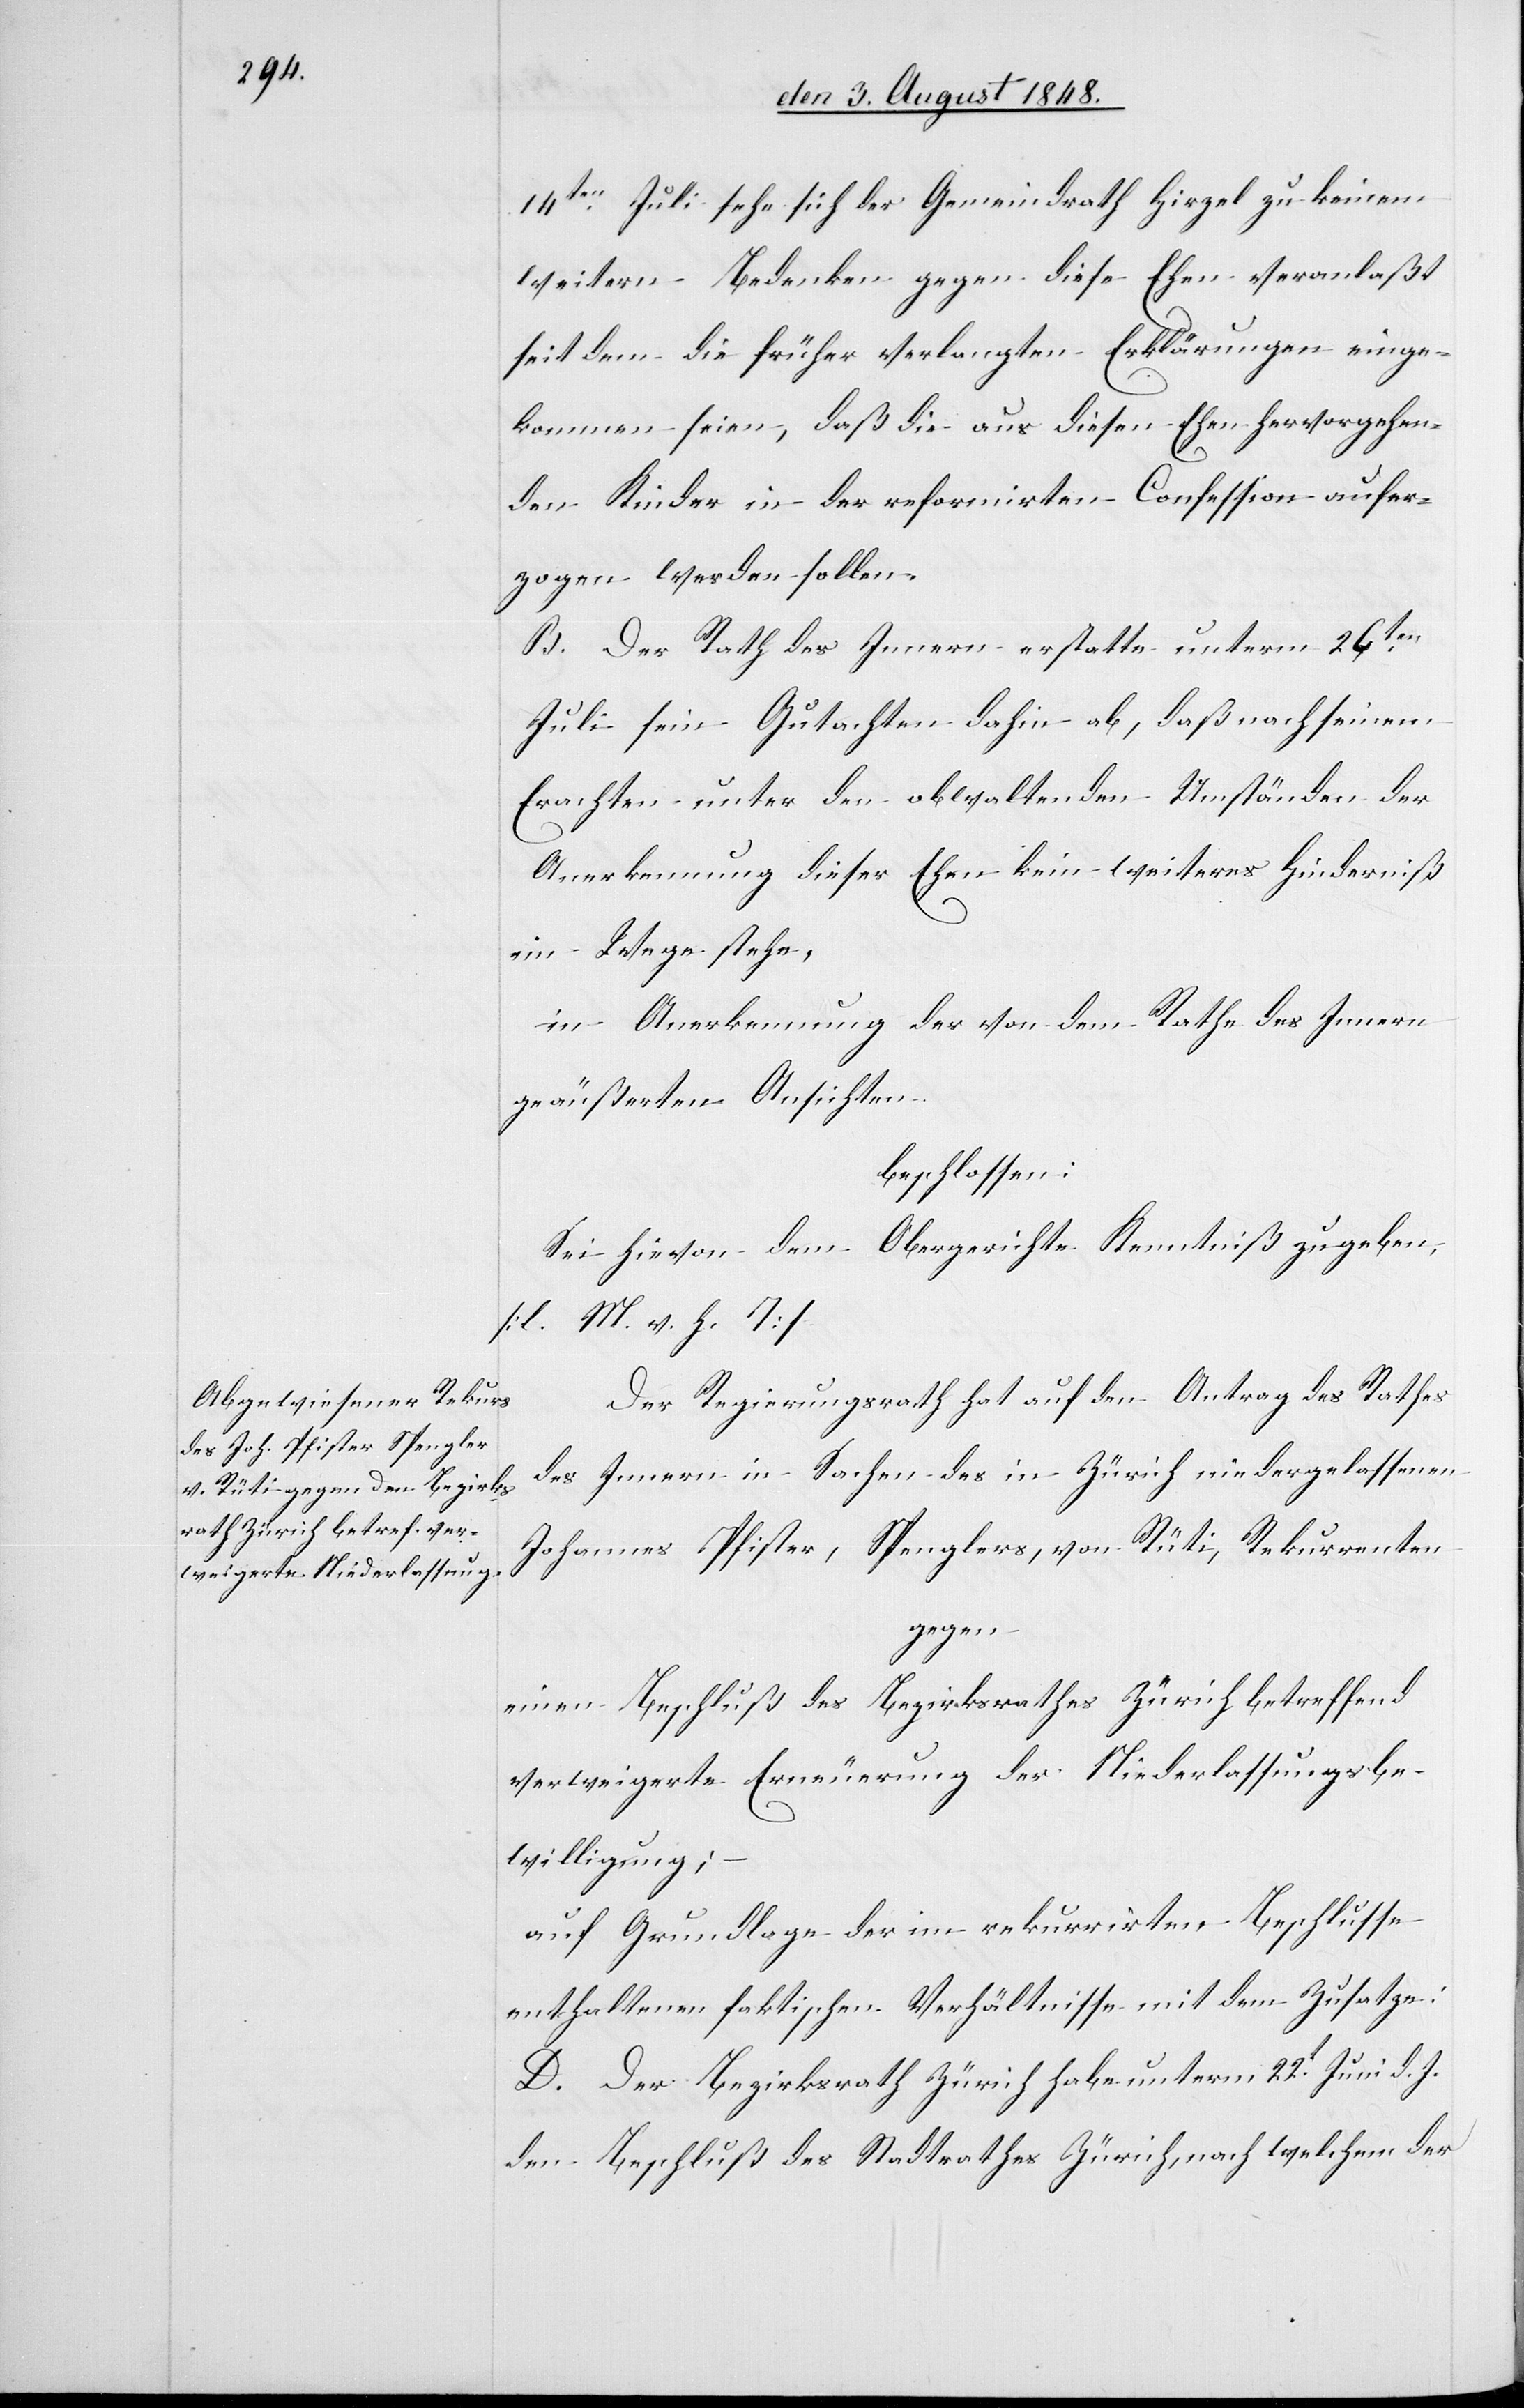
14ten Juli sehe sich der Gemeindrath Hirzel zu keinem
weitern Bedenken gegen diese Ehen veranlaßt
seit dem die früher verlangten Erklärungen einge¬
kommen seien, daß die aus diesen Ehen hervorgehen¬
den Kinder in der reformirten Confession aufer¬
zogen werden sollen.
B. Der Rath des Innern erstatte unterm 26ten
Juli sein Gutachten dahin ab, daß nach seinem
Erachten unter den obwaltenden Umständen der
Anerkennung dieser Ehen kein weiteres Hinderniß
im Wege stehe,
in Anerkennung der von dem Rathe des Innern
geäußerten Ansichten
beschlossen:
Sei hievon dem Obergerichte Kenntniß zu geben,
[l. M. v. h. T]
Der Regierungsrath hat auf den Antrag des Rathes
des Innern in Sachen des in Zürich niedergelassenen
Johannes Pfister, Spenglers, von Rüti, Rekurrenten
gegen:
einen Beschluß des Bezirksrathes Zürich betreffend
verweigerte Erneuerung der Niederlassungsbe¬
willigung;
auf Grundalge der im rekurrirten Beschlusse
enthaltenen faktischen Verhältnisse mit dem Zusatze:
D. Der Bezirksrath Zürich habe unterm 22t Juni d. J.
den Beschluß des Stadtrathes Zürich, nach welchem der